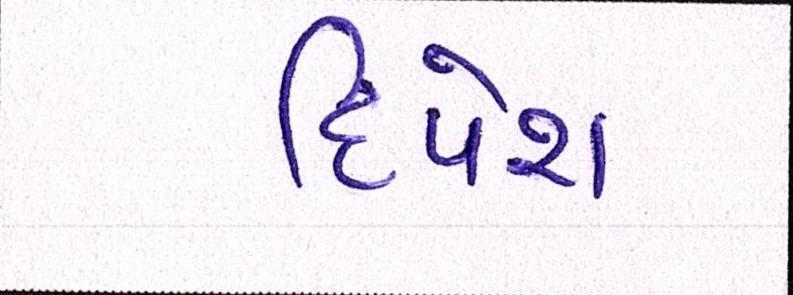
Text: દિપેશ